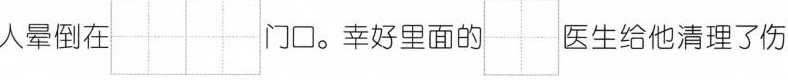
人晕倒在 门口。幸好里面的 医生给他清理了伤